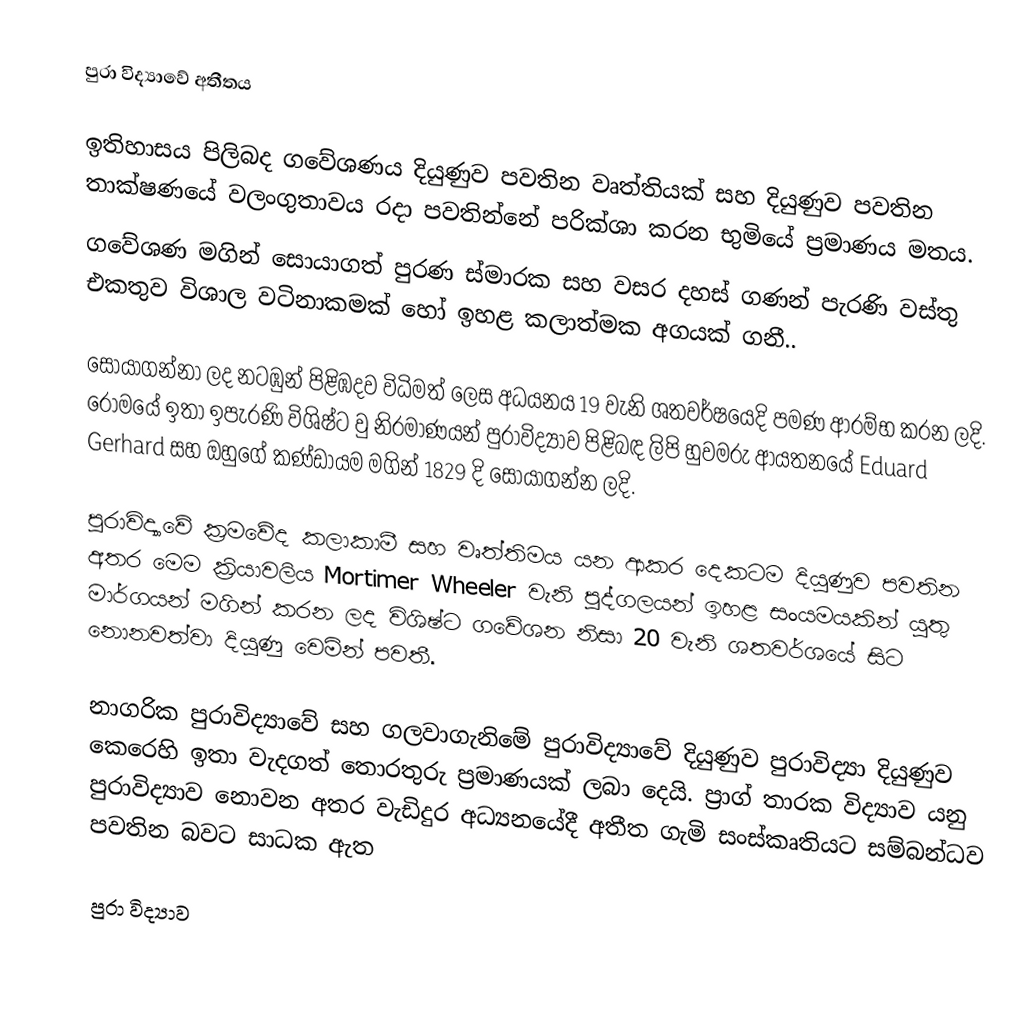
පුරා විද්‍යාවේ අතීතය

ඉතිහාසය පිලිබද ගවේශණය දියුණුව පවතින වෘත්තියක් සහ දියුණුව පවතින  තාක්ෂණයේ වලංගුතාවය රදා පවතින්නේ පරික්ශා කරන භුමියේ ප්‍රමාණය මතය.
ගවේශණ මගින් සොයාගත් පුරණ ස්මාරක සහ වසර දහස් ගණන් පැරණි වස්තු එකතුව විශාල වටිනාකමක් හෝ ඉහළ කලාත්මක අගයක් ගනී..

සොයාගන්නා ලද නටඹුන් පිළිඹදව විධිමත් ලෙස අධයනය 19 වැනි ශතවර්ෂයෙදි පමණ ආරම්භ කරන ලදි. රෝමයේ  ඉතා ඉපැරණි විශිෂ්ට වු නිරමාණයන් පුරාවිද්‍යාව පිළිබඳ ලිපි හුවමරු ආයතනයේ  Eduard Gerhard සහ ඔහුගේ කණ්ඩායම මගින් 1829 දි සොයාගන්න ලදි.

පුරාවිද්‍යාවේ  ක්‍රමවේද කලාකාමී සහ වෘත්තිමය යන ආකර දෙකටම දියුණුව පවතින අතර මෙම ක්‍රියාවලිය Mortimer Wheeler වැනි පුද්ගලයන් ඉහළ සංයමයකින් යුතු මාර්ගයන් මගින් කරන ලද විශිෂ්ට ගවේශන නිසා 20 වැනි ශතවර්ශයේ සිට නොනවත්වා  දියුණු වෙමින්  පවතී.

නාගරික පුරාවිද්‍යාවේ සහ ගලවාගැනිමේ පුරාවිද්‍යාවේ දියුණුව පුරාවිද්‍යා දියුණුව කෙරෙහි ඉතා වැදගත් තොරතුරු ප්‍රමාණයක් ලබා දෙයි. ප්‍රාග් තාරක විද්‍යාව යනු පුරාවිද්‍යාව නොවන අතර වැඩිදුර අධ්‍යනයේදී අතීත ගැමි සංස්කෘතියට සම්බන්ධව පවතින බවට සාධක ඇත

පුරා විද්‍යාව